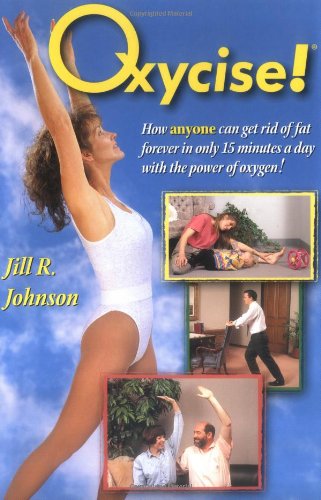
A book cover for Oxycise!; Jill R. Johnson; Health, Fitness & Dieting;